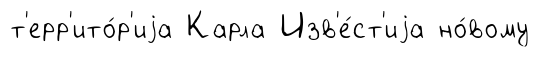
т'ерр'ито́р'иjа Карла Изв'е́ст'иjа но́вому